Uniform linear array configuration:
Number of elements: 24
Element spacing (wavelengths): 0.5
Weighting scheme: hann
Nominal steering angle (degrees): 30
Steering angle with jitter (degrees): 28.401
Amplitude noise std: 0.05
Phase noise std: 0.05

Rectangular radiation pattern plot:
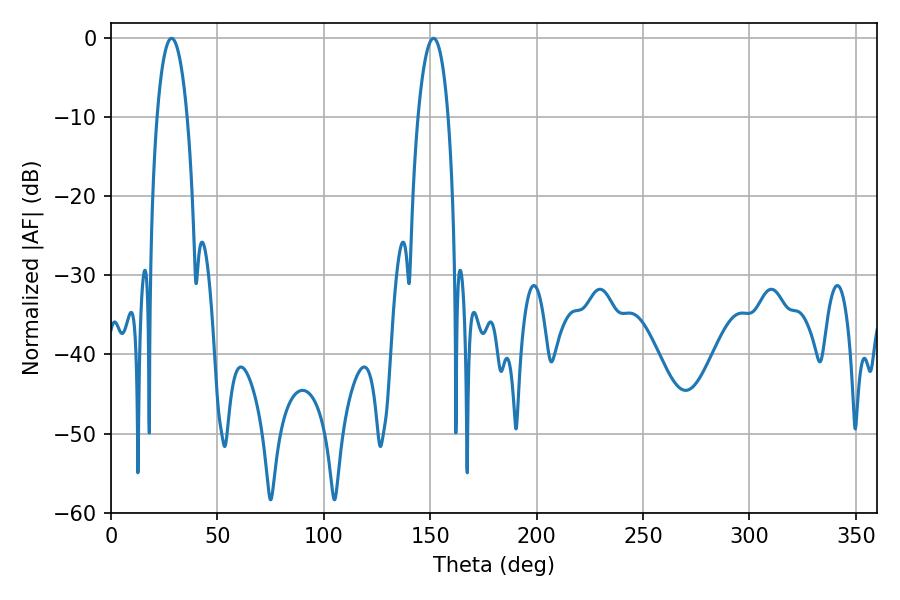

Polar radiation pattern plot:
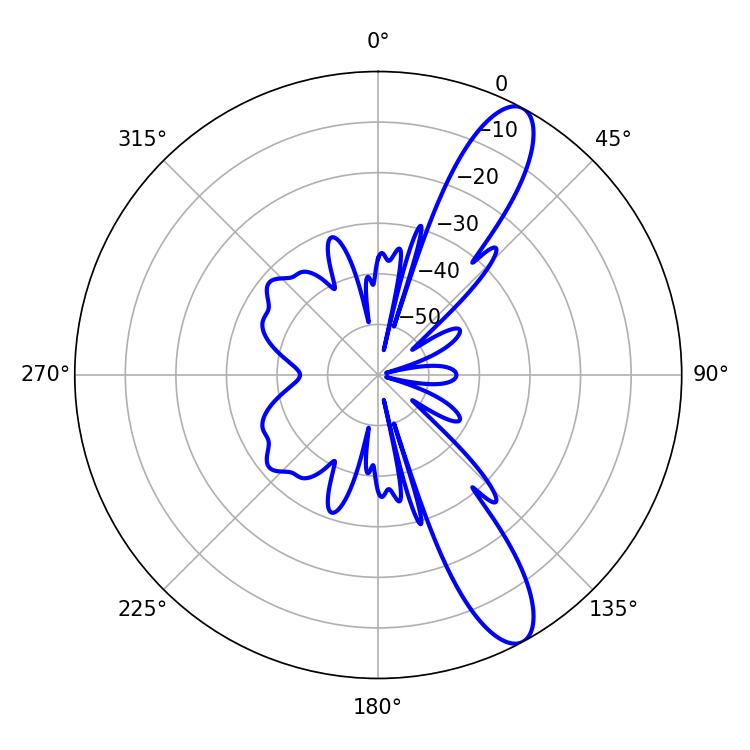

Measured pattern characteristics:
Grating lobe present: FALSE
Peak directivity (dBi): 11.527
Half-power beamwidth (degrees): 8.1
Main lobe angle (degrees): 28.44